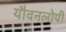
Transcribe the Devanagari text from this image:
यौवनलोपी